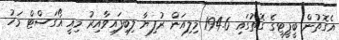
އެގޮތުން ބީޕީޓީގެ ގޮތުގައި 194.6 މިލިއަން ރުފިޔާ ލިބިފައިވާއިރު މިއީ އޯގަސްޓް މަހު